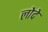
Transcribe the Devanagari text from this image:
लोदे